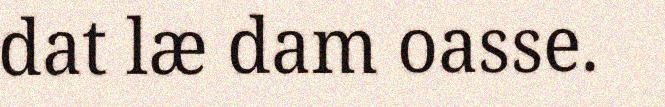
dat læ dam oasse.